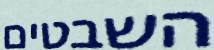
השבטים